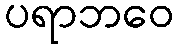
ပရာဘဝေ